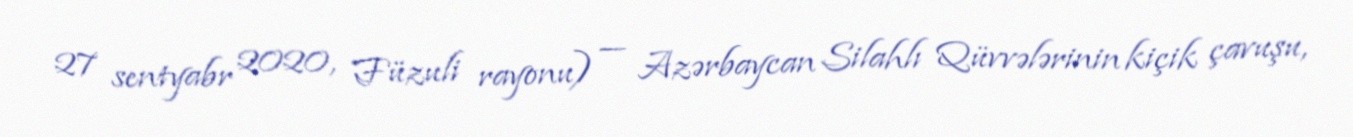
27 sentyabr 2020, Füzuli rayonu) — Azərbaycan Silahlı Qüvvələrinin kiçik çavuşu,